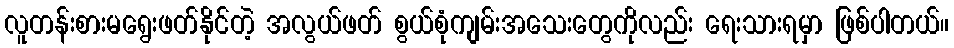
လူတန်းစားမရွေးဖတ်နိုင်တဲ့ အလွယ်ဖတ် စွယ်စုံကျမ်းအသေးတွေကိုလည်း ရေးသားရမှာ ဖြစ်ပါတယ်။